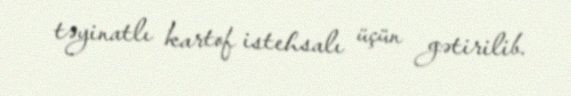
təyinatlı kartof istehsalı üçün gətirilib.